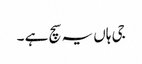
جی ہاں یہ سچ ہے ۔